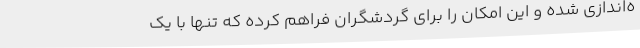
ه‌اندازی شده و این امکان را برای گردشگران فراهم کرده که تنها با یک